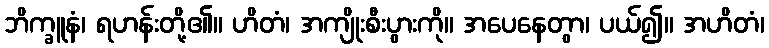
ဘိက္ခူနံ၊ ရဟန်းတို့၏။ ဟိတံ၊ အကျိုးစီးပွားကို။ အပေနေတွာ၊ ပယ်၍။ အဟိတံ၊